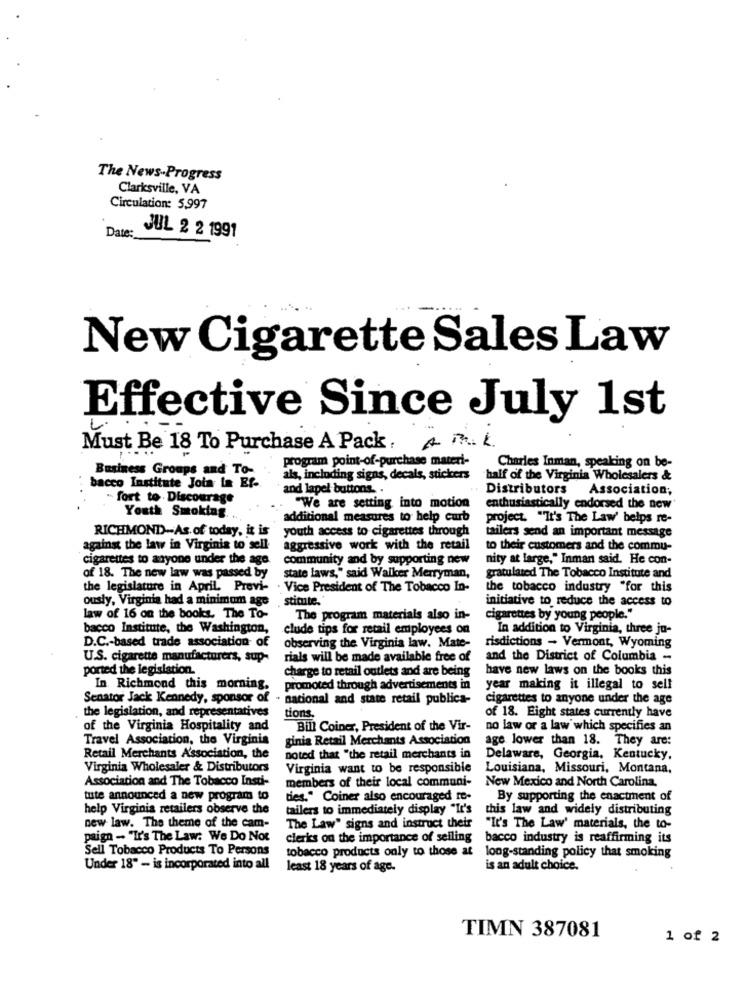
The News-Progress
Clarksville, VA
Circulation: 5,997
Date:
JUL 2 2 1991
. ..
New Cigarette Sales Law
Effective Since July 1st
Must Be 18 To Purchase A Pack. 4 P. L.
program point-of-purchase materi-
Business Groups and To-
Charles Inman, speaking on be-
als, including signs, decals, stickers
half of the Virginia Wholesalers &
bacco Institute Join In Ef-
and lapel buttons. .
Distributors
Association;
- fort to Discourage
"We are setting into motion
enthusiastically endorsed the new
Youth Smoking ..
additional measures to help curb
project. "It's The Law' helps re-
youth access to cigarettes through
RICHMOND -- As of today, it is
tailers send an important message
against the law in Virginia to sell-
aggressive work with the retail
to their customers and the commu-
cigarettes to anyone under the age
community and by supporting new
nity at large," Inman said. He con-
of 18. The new law was passed by
state laws," said Walker Merryman,
gratulated The Tobacco Institute and
the legislature in April. Previ- . Vice President of The Tobacco In-
the tobacco industry "for this
ously, Virginia had a minimum age
stitute."
initiative to reduce the access to
law of 16 on the books. The To-
The program materials also in-
cigarettes by young people."
bacco Institute, the Washington,
clude tips for retail employees on
In addition to Virginia, three ju-
D.C .- based trade association of
observing the Virginia law. Mate-
risdictions - Vermont, Wyoming
U.S. cigarette manufacturers, sup-
rials will be made available free of
and the District of Columbia -
ported the legislation.
charge to retail outlets and are being
have new laws on the books this
In Richmond this morning.
promoted through advertisements in
year making it illegal to sell
Senator Jack Kennedy, sponsor of . nacional and state retail publics-
cigarettes to anyone under the age
the legislation, and representatives
tions.
of 18. Eight states currently have
of the Virginia Hospitality and
Bill Coiner, President of the Vir-
no law or a law which specifies an
Travel Association, the Virginis
ginia Retail Merchants Association
age. lower than 18. They are:
Retail Merchants Association, the
noted that "the retail merchants in
Delaware, Georgia, Kentucky,
Virginia Wholesaler & Distributors
Virginia want to be responsible
Louisiana, Missouri, Montana,
Association and The Tobacco Insti-
members of their local communi-
New Mexico and North Carolina.
tute announced a new program to
dies." Coiner also encouraged to-
By supporting the enactment of
help Virginia retailers observe the
tailers to immediately display "It's
this law and widely distributing
new law. The theme of the cam-
The Law" signs and instruct their
"It's The Law' materials, the to-
paign - "Ir's The Law: We Do Not
clerks on the importance of selling
bacco industry is reaffirming its
Sell Tobacco Products To Persons
tobacco products only to those at
long-standing policy that smoking
Under 18" - is incorporated into all
least 18 years of age.
is an adult choice.
TIMN 387081
1 of 2